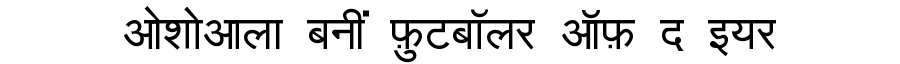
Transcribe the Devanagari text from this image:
ओशोआला बनीं फ़ुटबॉलर ऑफ़ द इयर